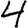
Digit: 4